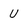
Character: U